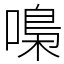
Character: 嘄